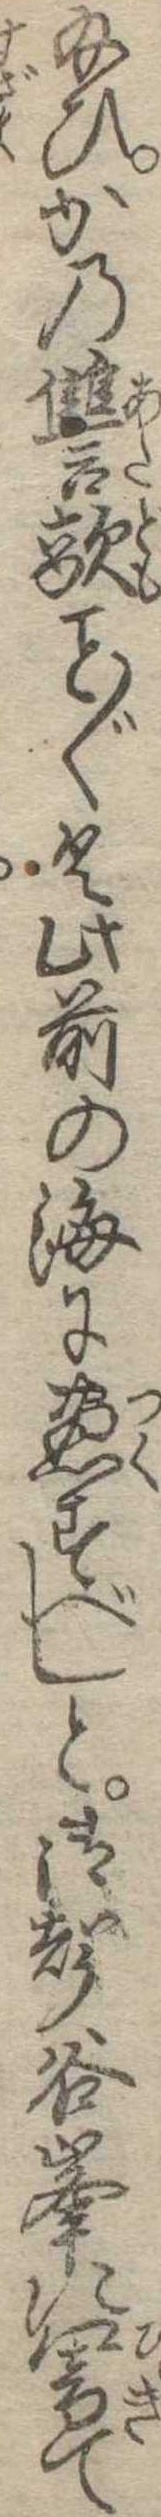
給ひかの讐敵〱く此前の海に尽すべしと御声谷峰に響て